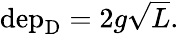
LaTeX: \begin{array}{r}{\mathrm{dep}_{\mathrm{D}}=2g\sqrt{L}.}\end{array}